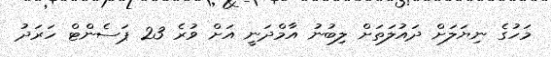
މަހުގެ ނިޔަލަށް ދައުލަތަށް ލިބުނު އާމްދަނީ އަށް ވުރެ 23 ޕަސެންޓް ހަރަދު